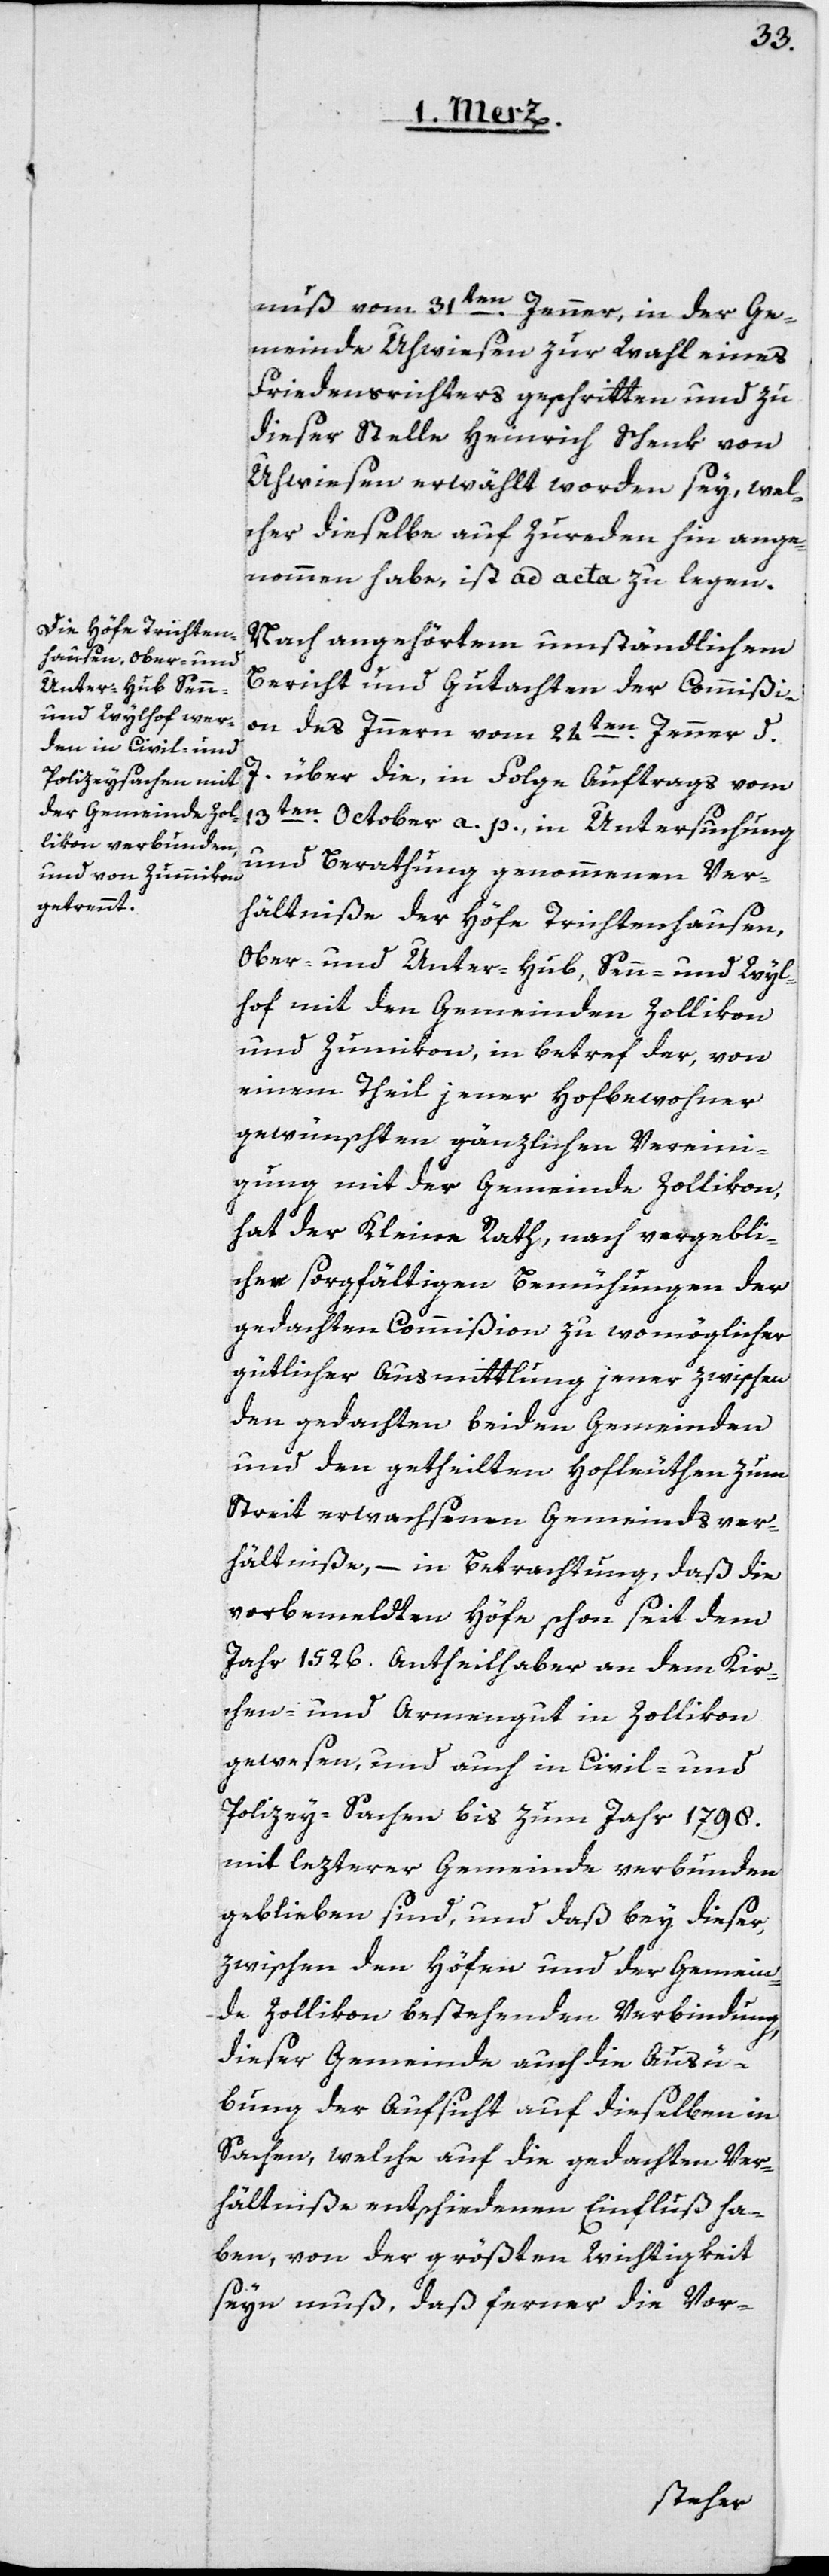
nuß vom 31ten Jenner, in der Ge¬
meinde Uhwiesen zur Wahl eines
Friedensrichters geschritten und zu
dieser Stelle Heinrich Schenk von
Uhwiesen erwählt worden sey, wel¬
cher dieselbe auf Zureden hin ange¬
nommen habe, ist ad acta zu legen.
Nach angehörtem umständlichen
Bericht und Gutachten der Commißi¬
on des Innern vom 24ten Jenner d.
J. über die, in Folge Auftrags vom
13ten October a. p., in Untersuchung
und Berathung genommenen Ver¬
hältniße der Höfe Trichtenhausen,
Ober- und Unter-Hub, Senn- und Wyl¬
hof, mit den Gemeinden Zollikon
und Zumikon, in betref der, von
einem Theil jener Hofbewohner
gewünschten gänzlichen Vereini¬
gung mit der Gemeinde Zollikon,
hat der Kleine Rath, nach vergebli¬
chen sorgfältigen Bemühungen der
gedachten Commißion zu womöglicher
gütlicher Ausmittlung jener zwischen
den gedachten beiden Gemeinden
und den getheilten Hofleuthen zum
Streit erwachsenen Gemeindsver¬
hältniße, – in Betrachtung, dass die
vorbemeldten Höfe schon seit dem
Jahr 1526. Antheilhaber an dem Kir¬
chen- und Armengut in Zollikon
gewesen, und auch in Civil- und
Polizey-Sachen bis zum Jahr 1798.
mit lezterer Gemeinde verbunden
geblieben sind, und daß bey dieser,
zwischen den Höfen und der Gemein¬
de Zollikon bestehenden Verbindung
dieser Gemeinde auch die Ausü¬
bung der Aufsicht auf dieselben in
Sachen, welche auf die gedachten Ver¬
hältniße entschiedenen Einfluß ha¬
ben, von der größten Wichtigkeit
seyn muß, daß ferner die Vor-